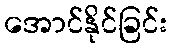
အောင်နိုင်ခြင်း